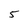
Character: 5